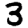
Digit: 3